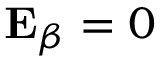
\mathbf { E } _ { \beta } = 0